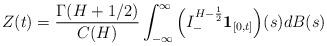
LaTeX: \begin{align*}Z(t) & = \frac{\Gamma(H + 1/2)}{C(H)} \int^{\infty}_{- \infty} \Big( I^{H - \frac{1}{2}}_{-} {\bf{1}}_{[0,t]} \Big) (s) dB(s)\\\end{align*}